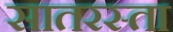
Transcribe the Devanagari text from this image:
सातरस्ता